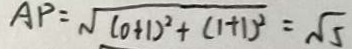
A P = \sqrt { ( 0 + 1 ) ^ { 2 } + ( 1 + 1 ) ^ { 2 } } = \sqrt { 5 }